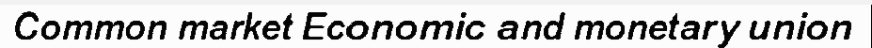
Common market Economic and monetary union